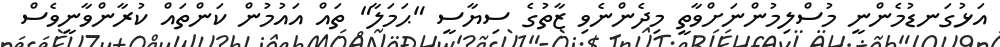
އަޅުގަނޑުމެންނީ މުސްލިމުންނަށްވާތީ މިދެންނެވި ޒާތުގެ ސިޔާސީ "ޙަމަލާ" ތައް އައުމުން ކަންތައް ކުރާންވާނީވެސް